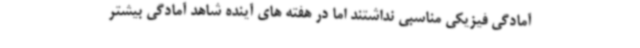
آمادگی فیزیکی مناسبی نداشتند اما در هفته های آینده شاهد آمادگی بیشتر